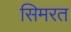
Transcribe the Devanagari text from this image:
सिमरत